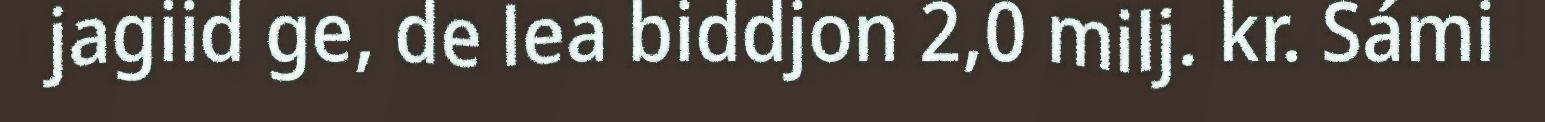
jagiid ge, de lea biddjon 2,0 milj. kr. Sámi